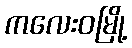
ကလေးဝမြို့